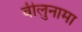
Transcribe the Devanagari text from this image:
वीलुनामा